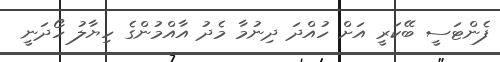
ފެންޓަސީ ބޭކަރީ އަށް ހުއްދަ ދިނުމާ މެދު އާއްމުންގެ ހިޔާލު ހޯދަނީ